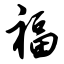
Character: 福